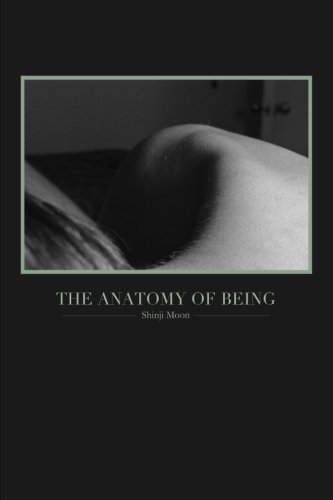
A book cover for The Anatomy of Being; Shinji Moon; Literature & Fiction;